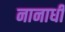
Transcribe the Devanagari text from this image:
नानाधी